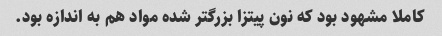
کاملا مشهود بود که نون پیتزا بزرگتر شده مواد هم به اندازه بود.